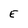
Character: E